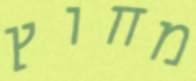
מחוץ